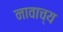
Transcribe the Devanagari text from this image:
नावाच्य